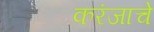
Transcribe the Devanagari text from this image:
करंजाचे